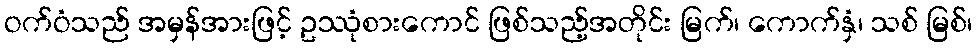
ဝက်ဝံသည် အမှန်အားဖြင့် ဥဿုံစားကောင် ဖြစ်သည့်အတိုင်း မြက်၊ ကောက်နှံ၊ သစ် မြစ်၊